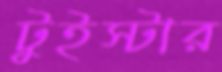
টুইস্টার